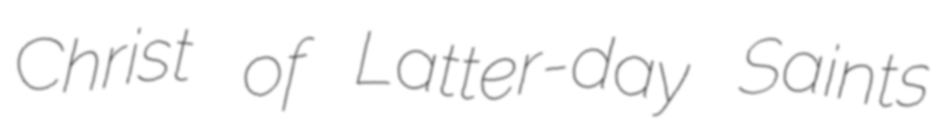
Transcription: Christ of Latter-day Saints